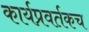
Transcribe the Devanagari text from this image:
कार्यप्रवर्तकच